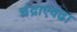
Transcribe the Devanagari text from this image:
चंद्राएवढा